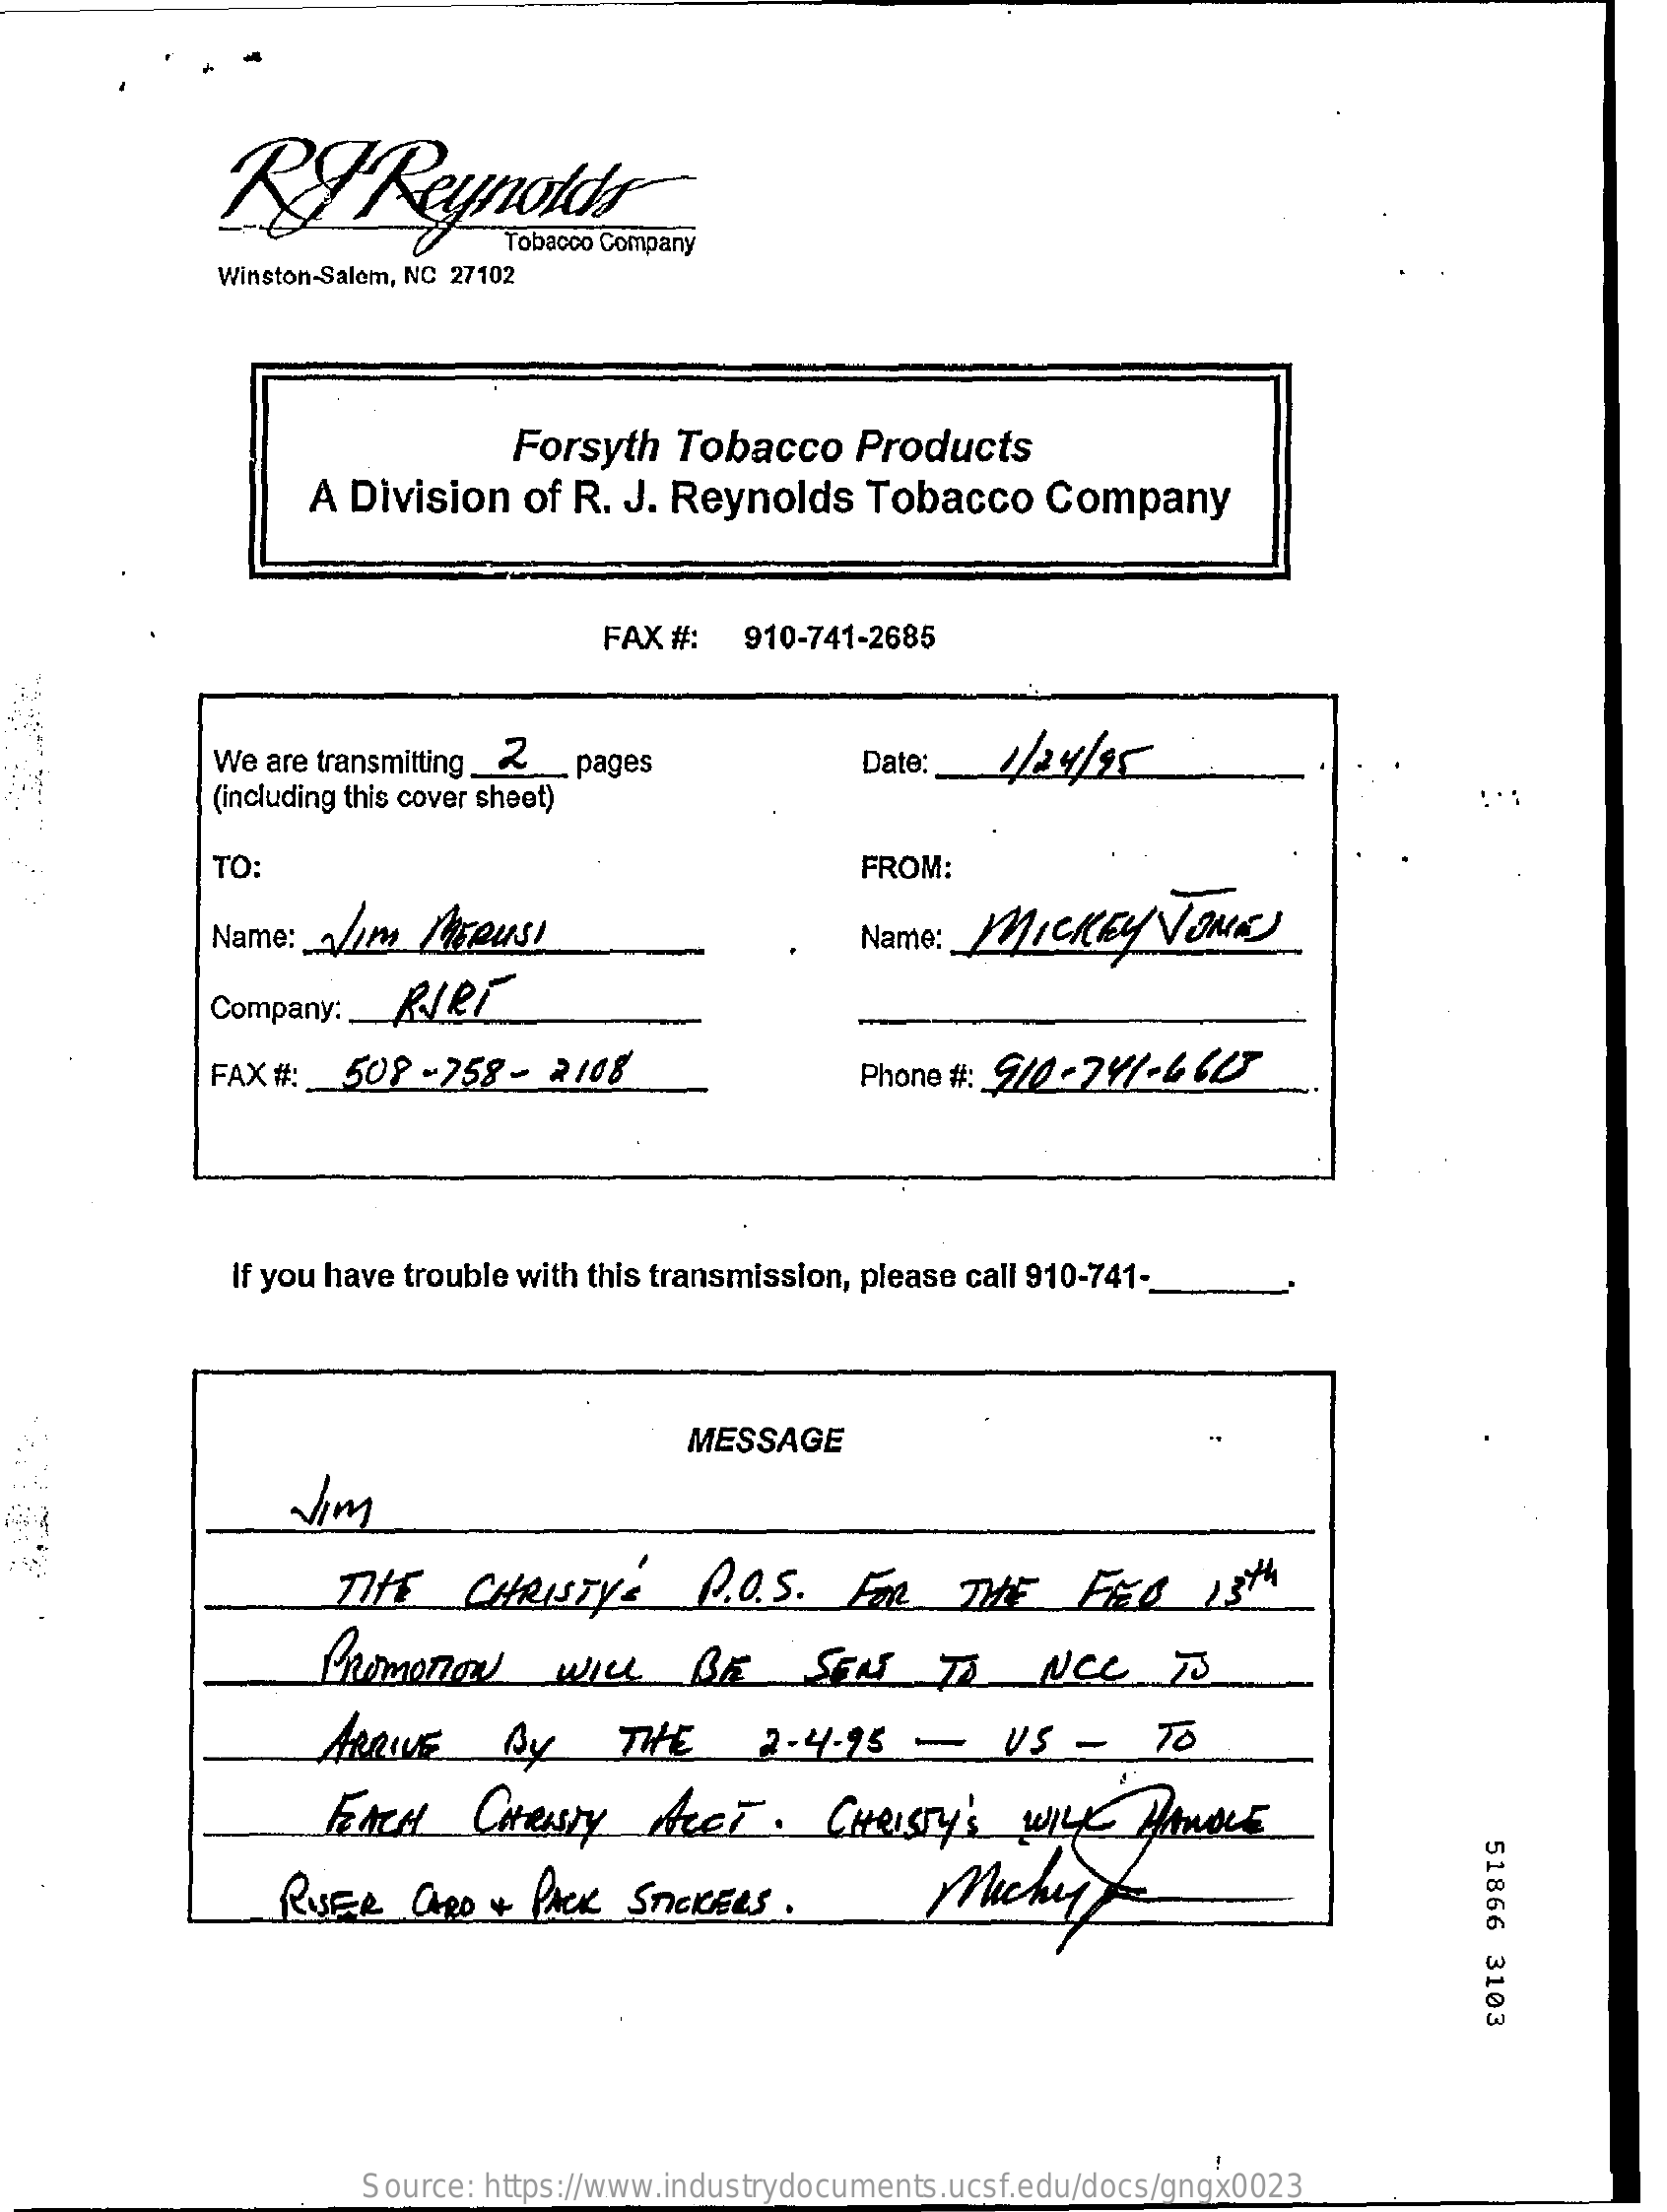
B.    Reynolds
     Winston-Salem, NC 27102
     Forsyth   Tobacco    Products
     A Division   of R. J. Reynolds    Tobacco    Company
     FAX #:   910-741-2685
     We are transmitting _~    Date:
     (including this cover sheet)
     pages
     TO:    FROM:
     Name:   //m   Lieusi    Name:  MICKEY    NOME
     Company :_ Re
     FAX #:   508  -258 -  2108    Phone #: 910-297-6   627
     If you have trouble with this transmission, please call 910-741-
     MESSAGE
     Jim
     THE    CHRISTYS    D.O.S.   FOR    THE    FE0    13 th
     PROMOTION    WILL    BE    SENT    TO    NCC    73
     ARRIVE    By    THE    2-4.95    -    US  -    TO
     FACH    CHRISTY    ALET   .  CHRISTY'    WILL   HANDLE
     51866
     3103
     RISER    CARD + PACK  STICKERS  .    Mickey
     Source: https://www.industrydocuments.ucsf.edu/docs/gngx0023